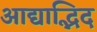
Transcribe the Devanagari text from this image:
आद्याद्भिद